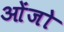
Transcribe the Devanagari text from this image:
ओंजो